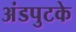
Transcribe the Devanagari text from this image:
अंडपुटके